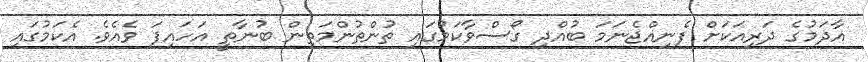
އާދަމުގެ ދަރިއަކަށް ފެނިއްޖެނަމަ ބުއްދި ގޯސްވާކަމުގައި ތުންތުންމަތިން ބުނާތީ އަހައިފަ ވެއެވެ. އެކަމުގައި